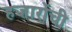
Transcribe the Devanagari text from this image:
हजारोंची